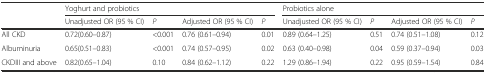
|  | <COLSPAN=4> Yoghurt and probiotics | <COLSPAN=4> Probiotics alone |
 |  | Unadjusted OR (95 % CI) | P | Adjusted OR (95 % CI) | P | Unadjusted OR (95 % CI) | P | Adjusted OR (95 % CI) | P |
 | --- | --- | --- | --- | --- | --- | --- | --- | --- |
 | All CKD | 0.72(0.60–0.87) | <0.001 | 0.76 (0.61–0.94) | 0.01 | 0.89 (0.64–1.25) | 0.51 | 0.74 (0.51–1.08) | 0.12 |
 | Albuminuria | 0.65(0.51–0.83) | <0.001 | 0.74 (0.57–0.95) | 0.02 | 0.63 (0.40–0.98) | 0.04 | 0.59 (0.37–0.94) | 0.03 |
 | CKDIII and above | 0.82(0.65–1.04) | 0.10 | 0.84 (0.62–1.12) | 0.22 | 1.29 (0.86–1.94) | 0.22 | 0.95 (0.59–1.54) | 0.84 |